Report on the working of the Ranchi Indian Mental Hospital, Kanke, in Bihar and Orissa - 1930-1940
Year: 1930
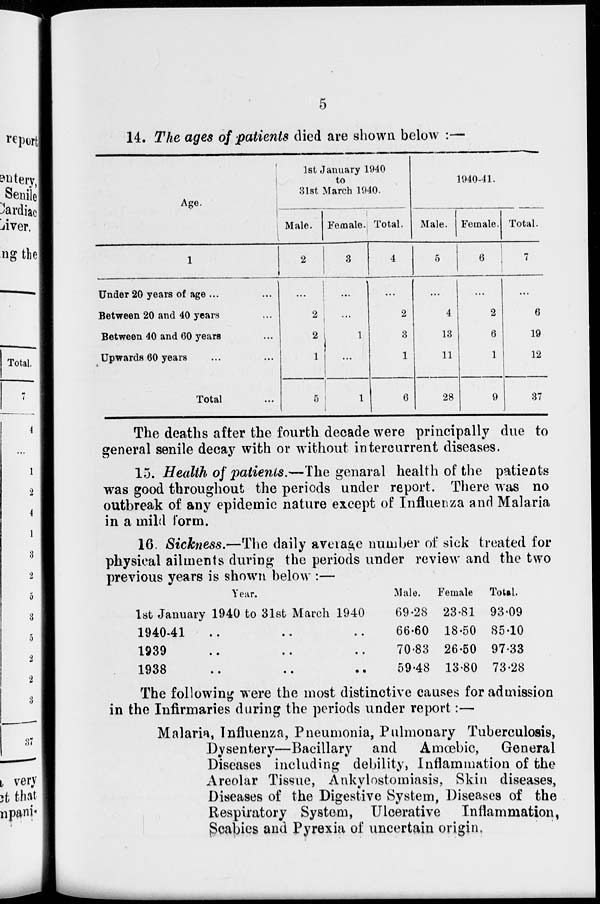
5
14. The ages of patients died are shown below :—
Age.
1
Under 20 years of age ...
Between 20 and 40 years...
Between 40 and 60 years...
Upwards 60 years...
Total...
1st January 1940
to
31st March 1940.
Male.
2
...
2
2
1
5
Female.
3
...
...
1
...
1
Total.
4
...
2
3
1
6
1940-41.
Male.
5
...
4
13
11
28
Female.
6
...
2
6
1
9
Total.
7
...
6
19
12
37
The deaths after the fourth decade were principally due to
general senile decay with or without intercurrent diseases.
15. Health of patients.—The genaral health of the patients
was good throughout the periods under report. There was no
outbreak of any epidemic nature except of Influenza and Malaria
in a mild form.
16. Sickness.—The daily average number of sick treated for
physical ailments during the periods under review and the two
previous years is shown below :—
Year.
1st January 1940 to 31st March 1940
1940-41
.. .. .. ..
1939 .. .. .. ..
1938 .. .. .. ..
Male.
69.28
66.60
70.83
59.48
Female
23.81
18.50
26.50
13.80
Total.
93.09
85.10
97.33
73.28
The following were the most distinctive causes for admission
in the Infirmaries during the periods under report:—
Malaria, Influenza, Pneumonia, Pulmonary Tuberculosis,
Dysentery—Bacillary and Amœbic, General
Diseases including debility, Inflammation of the
Areolar Tissue, Ankylostomiasis, Skin diseases,
Diseases of the Digestive System, Diseases of the
Respiratory System, Ulcerative Inflammation,
Scabies and Pyrexia of uncertain origin.